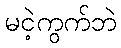
မငဲ့ကွက်ဘဲ